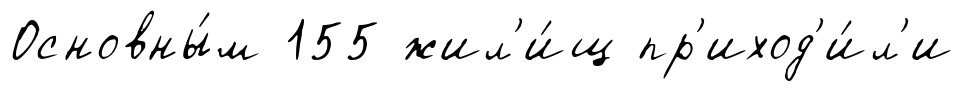
Основны́м 155 жил'и́щ пр'иход'и́л'и